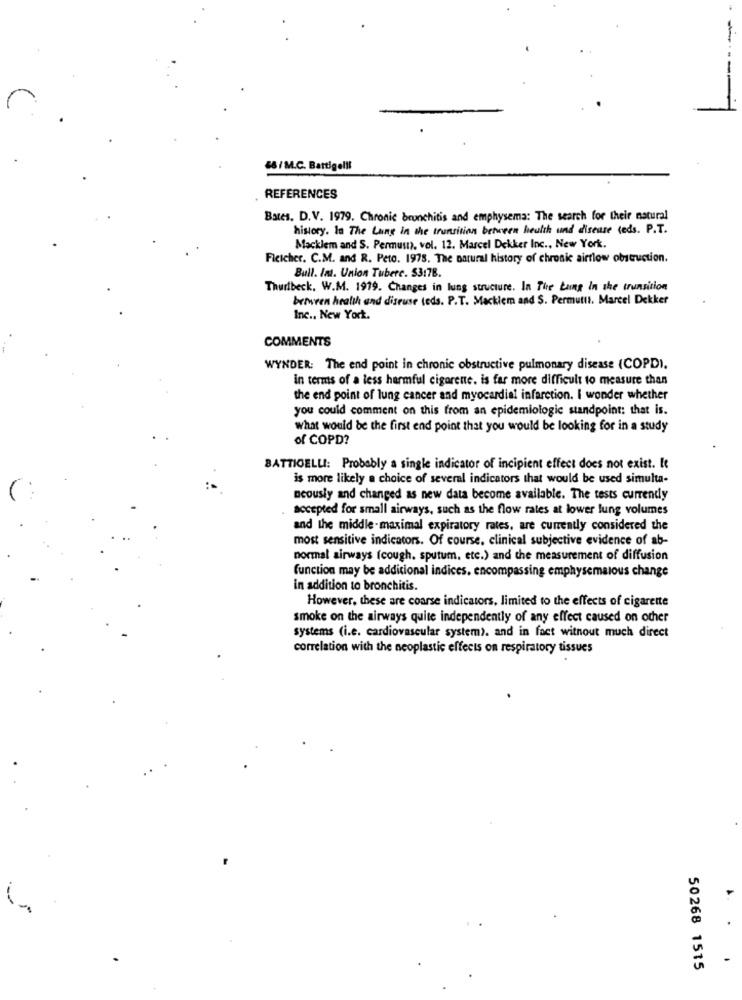
48/ M.C. Battigelil
REFERENCES
Bates. D.V. 1979. Chronic bronchitis and emphysema: The search for their natural
history. In The Lang in the transition between health und disease teds. P.T.
Macklem and S. Permust), vol. 12. Marcel Dekker Inc ., New York.
Ficicher. C.M. and R. Peto. 1978. The natural history of chronic airflow obstruction.
Bull. Int. Union Tuberc. $3178.
Thuribeck. W.M. 1919. Changes in lung structure. In The Lung In the transition
between health and discuse leds. P.T. Macklem and $. Permutti, Marcel Dekker
Inc ., New York.
COMMENTS
WYNDER: The end point in chronic obstructive pulmonary disease (COPDI.
in terms of a less harmful cigarene. is far more difficult to measure than
the end point of lung cancer and myocardial infarction. I wonder whether
you could comment on this from an epidemiologic standpoint: that is.
what would be the first end point that you would be looking for in a study
of COPD?
BATTICELLI: Probably a single indicator of incipient effect does not exist. It
is more likely a choice of several indicators that would be used simulta-
ncously and changed as new data become available. The tests currency
accepted for small airways, such as the flow rates at lower lung volumes
and the middle-maximal expiratory rates, are currently considered the
most sensitive indicators. Of course, clinical subjective evidence of ab-
normal airways (cough, sputum, etc.) and the measurement of diffusion
function may be additional indices. encompassing emphysemaious change
in addition to bronchitis.
However, these are coarse indicators, limited to the effects of cigarette
smoke on the airways quite independently of any effect caused on other
systems (i.e. cardiovascular system). and in fact witnout much direct
correlation with the neoplastic effects on respiratory tissues
50268 1515